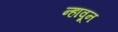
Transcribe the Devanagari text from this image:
न्हावून